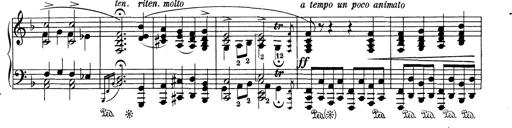
Title: Variationen Ã¼ber das Motiv von Bach
Composer: Franz Liszt